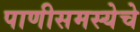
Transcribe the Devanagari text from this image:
पाणीसमस्येचे